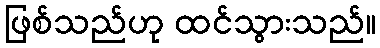
ဖြစ်သည်ဟု ထင်သွားသည်။